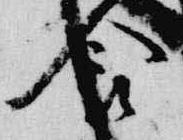
食